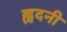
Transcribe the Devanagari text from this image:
ह्वदनी